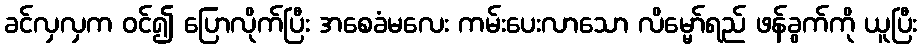
ခင်လှလှက ဝင်၍ ပြောလိုက်ပြီး အစေခံမလေး ကမ်းပေးလာသော လိမ္မော်ရည် ဖန်ခွက်ကို ယူပြီး